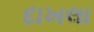
દાખલા